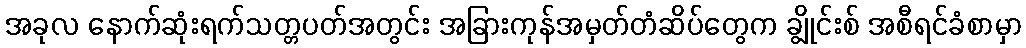
အခုလ နောက်ဆုံးရက်သတ္တပတ်အတွင်း အခြားကုန်အမှတ်တံဆိပ်တွေက ချွိုင်းစ် အစီရင်ခံစာမှာ